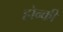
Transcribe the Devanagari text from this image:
होन्की